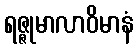
ရဇ္ဇုမာလာဝိမာနံ